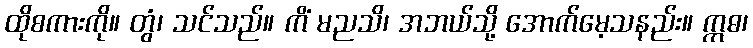
ထိုစကားကို။ တွံ၊ သင်သည်။ ကိံ မညသိ၊ အဘယ်သို့ အောက်မေ့သနည်း။ ဣဓ၊